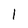
Character: I